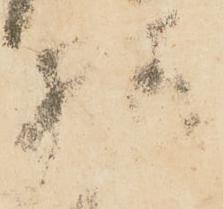
様